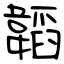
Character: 韜